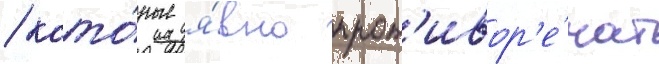
/ кото́рые я́вно прот'ивор'е́чат